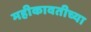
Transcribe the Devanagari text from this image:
महीकावतीच्या